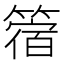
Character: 䈹